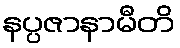
နပ္ပဇာနာမီတိ